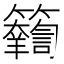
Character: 𥷴